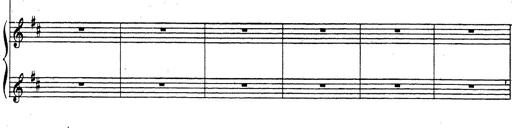
Title: Rhapsodie espagnole
Composer: Franz Liszt